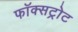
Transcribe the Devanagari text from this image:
फॉक्सट्रोट